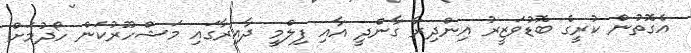
އެގޮތުން ކުރީގެ ބޮޑުވަޒީރު އިންދިރާ ގާންދީ އާއި ފިލްމީ ދާއިރާގައި މަޝްހޫރުކަން ހޯދުމަށް